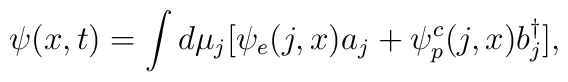
\psi(x,t) = \int d\mu_j [\psi_{e}(j,x) a_j + \psi^{c}_{p}(j,x)b^{\dagger}_{j}],